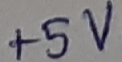
Text: +5V